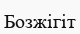
Бозжігіт